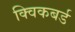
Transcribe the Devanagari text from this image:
क्विकबर्ड